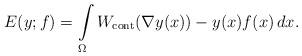
LaTeX: \begin{align*}E(y;f) = \int\limits_\Omega W_{\rm cont}(\nabla y (x)) - y(x)f(x) \,dx.\end{align*}